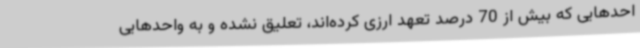
احدهایی که بیش از 70 درصد تعهد ارزی کرده‌اند، تعلیق نشده و به واحدهایی